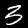
Label: 3